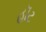
હૉટ